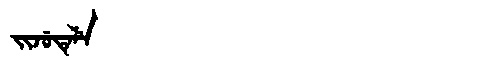
Manchu: ᠵᡳᠵᡠᡨᡝᠯᡝ
Romanization: JIJUTELE